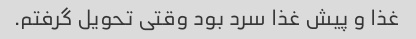
غذا و پیش غذا سرد بود وقتی تحویل گرفتم.